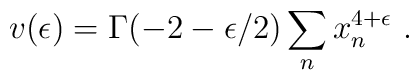
v(\epsilon) = \Gamma (-2-\epsilon/2) \sum_n x_n^{4+\epsilon}~.